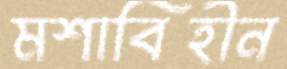
মশাবিহীন